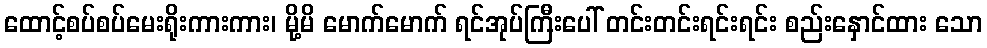
ထောင့်စပ်စပ်မေးရိုးကားကား၊ မို့မိ မောက်မောက် ရင်အုပ်ကြီးပေါ် တင်းတင်းရင်းရင်း စည်းနှောင်ထား သော